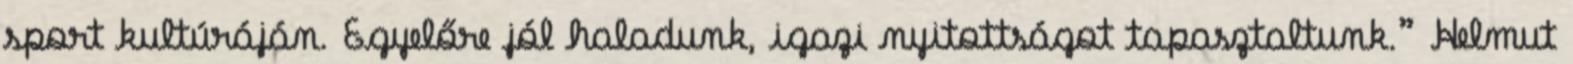
sport kultúráján. Egyelőre jól haladunk, igazi nyitottságot tapasztaltunk.” Helmut